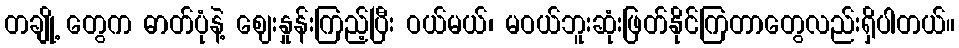
တချို့ တွေက ဓာတ်ပုံနဲ့ ဈေးနှုန်းကြည့်ပြီး ဝယ်မယ်၊ မဝယ်ဘူးဆုံးဖြတ်နိုင်ကြတာတွေလည်းရှိပါတယ်။